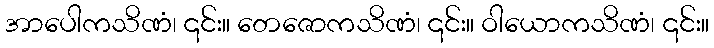
အာပေါကသိဏံ၊ ၎င်း။ တေဇောကသိဏံ၊ ၎င်း။ ဝါယောကသိဏံ၊ ၎င်း။